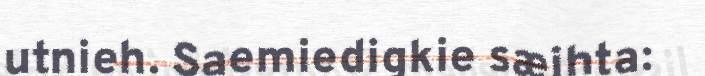
utnieh. Saemiedigkie sæjhta: